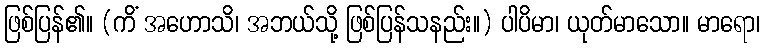
ဖြစ်ပြန်၏။ (ကိံ အဟောသိ၊ အဘယ်သို့ ဖြစ်ပြန်သနည်း။) ပါပိမာ၊ ယုတ်မာသော။ မာရော၊